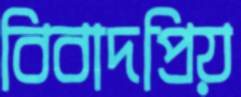
বিবাদপ্রিয়